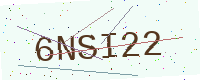
Text: 6NSI22